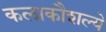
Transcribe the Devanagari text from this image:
कलाकौशल्ये